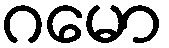
ဂမော